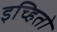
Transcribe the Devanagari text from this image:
इच्हितो